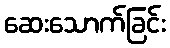
ဆေးသောက်ခြင်း